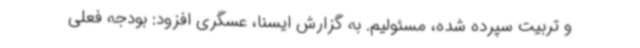
و تربیت سپرده شده، مسئولیم. به گزارش ایسنا، عسگری افزود: بودجه فعلی